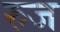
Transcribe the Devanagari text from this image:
रुज